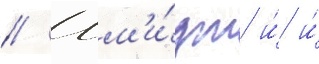
// Шм'и́дт и́ и́